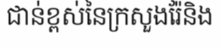
ជាន់ខ្ពស់នៃក្រសួងរ៉ែនិង